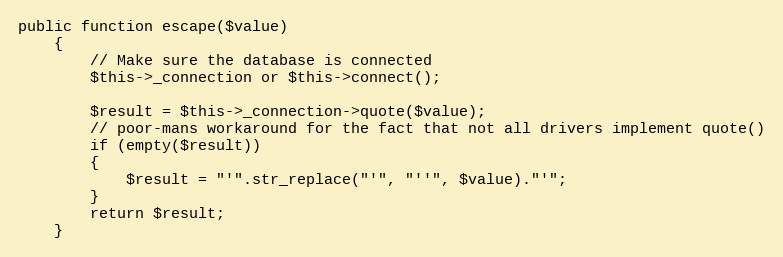
Language: PHP
public function escape($value)
	{
		// Make sure the database is connected
		$this->_connection or $this->connect();

		$result = $this->_connection->quote($value);
		// poor-mans workaround for the fact that not all drivers implement quote()
		if (empty($result))
		{
			$result = "'".str_replace("'", "''", $value)."'";
		}
		return $result;
	}